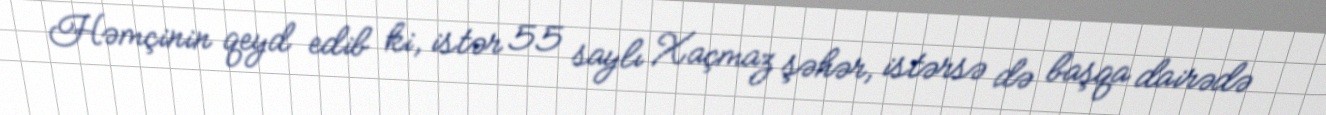
Həmçinin qeyd edib ki, istər 55 saylı Xaçmaz şəhər, istərsə də başqa dairədə